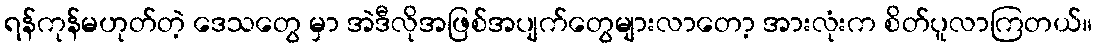
ရန်ကုန်မဟုတ်တဲ့ ဒေသတွေ မှာ အဲဒီလိုအဖြစ်အပျက်တွေများလာတော့ အားလုံးက စိတ်ပူလာကြတယ်။